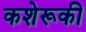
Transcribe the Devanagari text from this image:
कशेरूकी